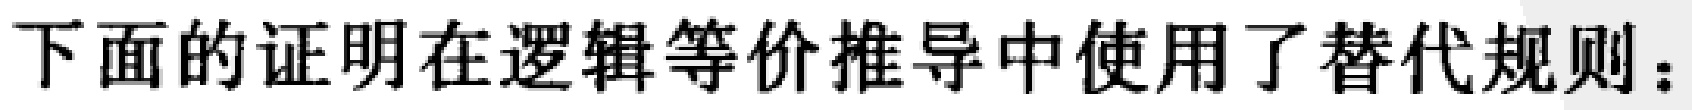
下面的证明在逻辑等价推导中使用了替代规则：